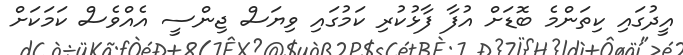
އީދުގައި ކިތަންމެ ބޮޑަށް އުފާ ފާޅުކުރި ކަމުގައި ވިޔަސް ޖިންސީ އެއްވެސް ކަމަކަށް